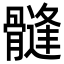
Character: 𩪌